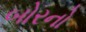
બોરનો